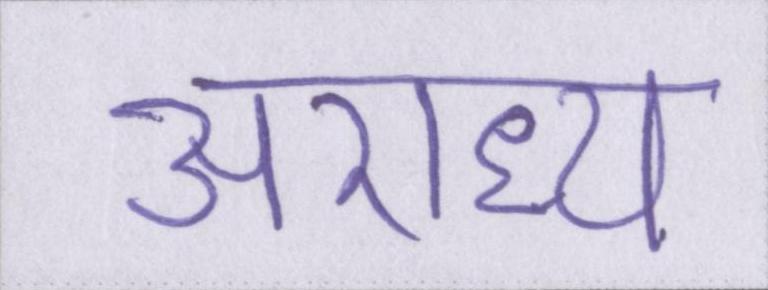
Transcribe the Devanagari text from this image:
अराध्य